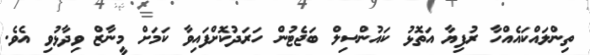
ތިންލައްކައެއްހާ ރުފިޔާ އަތޮޅު ކައުންސިލް ބަޖެޓުން ހަރަދުކޮށްފައިވާ ކަމަށް މީނާޒް ވިދާޅުވި އެވެ.